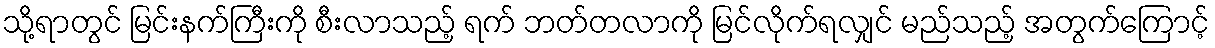
သို့ရာတွင် မြင်းနက်ကြီးကို စီးလာသည့် ရက် ဘတ်တလာကို မြင်လိုက်ရလျှင် မည်သည့် အတွက်ကြောင့်